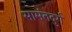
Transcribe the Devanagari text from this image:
सामंतदुर्ग